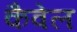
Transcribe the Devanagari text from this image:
कैवेल